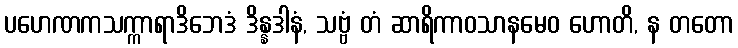
ပဟေဏကသက္ကာရာဒိဘေဒံ ဒိန္နဒါနံ, သဗ္ဗံ တံ ဆာရိကာဝသာနမေဝ ဟောတိ, န တတော